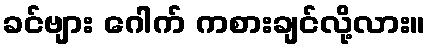
ခင်ဗျား ဂေါက် ကစားချင်လို့လား။